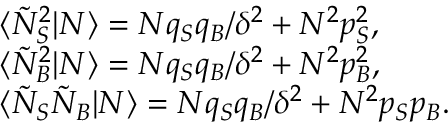
\begin{array} { r l } & { \langle \tilde { N } _ { S } ^ { 2 } | N \rangle = N q _ { S } q _ { B } / \delta ^ { 2 } + N ^ { 2 } p _ { S } ^ { 2 } , } \\ & { \langle \tilde { N } _ { B } ^ { 2 } | N \rangle = N q _ { S } q _ { B } / \delta ^ { 2 } + N ^ { 2 } p _ { B } ^ { 2 } , } \\ & { \langle \tilde { N } _ { S } \tilde { N } _ { B } | N \rangle = N q _ { S } q _ { B } / \delta ^ { 2 } + N ^ { 2 } p _ { S } p _ { B } . } \end{array}